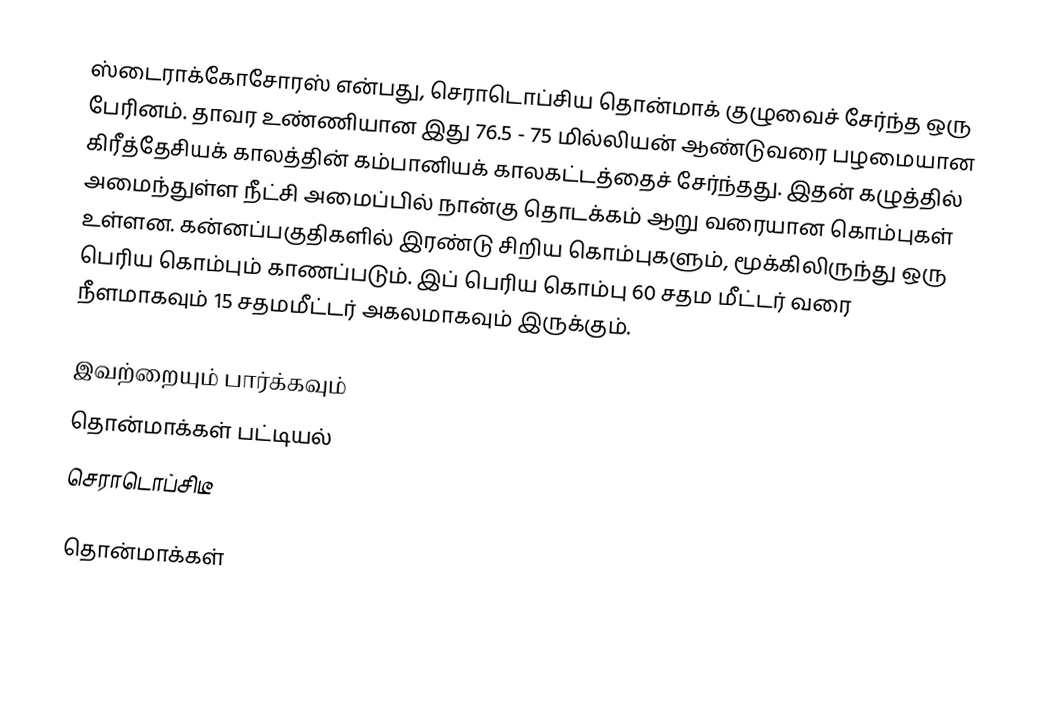
ஸ்டைராக்கோசோரஸ் என்பது, செராடொப்சிய தொன்மாக் குழுவைச் சேர்ந்த ஒரு பேரினம். தாவர உண்ணியான இது 76.5 - 75 மில்லியன் ஆண்டுவரை பழமையான கிரீத்தேசியக் காலத்தின் கம்பானியக் காலகட்டத்தைச் சேர்ந்தது. இதன் கழுத்தில் அமைந்துள்ள நீட்சி அமைப்பில் நான்கு தொடக்கம் ஆறு வரையான கொம்புகள் உள்ளன. கன்னப்பகுதிகளில் இரண்டு சிறிய கொம்புகளும், மூக்கிலிருந்து ஒரு பெரிய கொம்பும் காணப்படும். இப் பெரிய கொம்பு 60 சதம மீட்டர் வரை நீளமாகவும் 15 சதமமீட்டர் அகலமாகவும் இருக்கும்.

இவற்றையும் பார்க்கவும்
 தொன்மாக்கள் பட்டியல்
 செராடொப்சிடீ

தொன்மாக்கள்